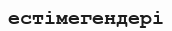
естімегендері